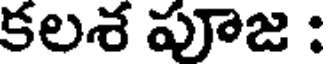
కలశ పూజ :